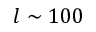
l \sim 1 0 0